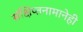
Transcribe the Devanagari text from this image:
संक्षिप्तनामानेही